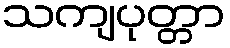
သကျပုတ္တာ